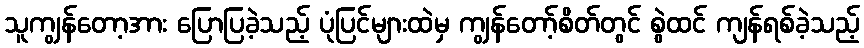
သူကျွန်တော့အား ပြောပြခဲ့သည့် ပုံပြင်များထဲမှ ကျွန်တော့်စိတ်တွင် စွဲထင် ကျန်ရစ်ခဲ့သည့်